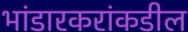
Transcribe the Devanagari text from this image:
भांडारकरांकडील